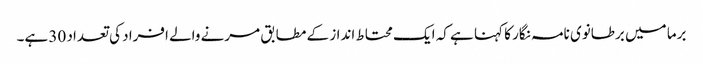
برما میں برطانوی نامہ نگار کا کہنا ہے کہ ایک محتاط انداز کے مطابق مرنے والے افراد کی تعداد 30 ہے۔